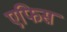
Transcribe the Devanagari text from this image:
एफिस